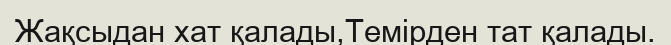
Жақсыдан хат қалады,Темірден тат қалады.